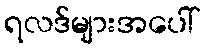
ရလဒ်များအပေါ်